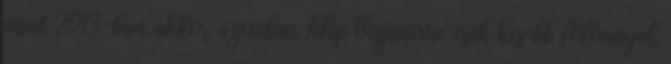
mint 2013-ban, akkor azonban Filip Vujanović csak kisebb fölénnyel,